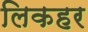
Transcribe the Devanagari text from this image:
लिकहर